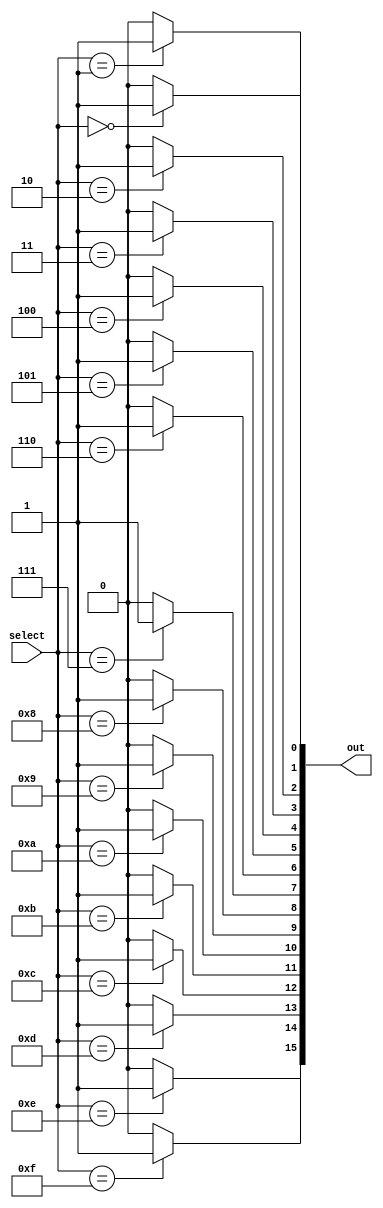
module decoder4to16
(
	input [3:0] select,
	output reg[15:0] out
);

	integer i;

	always @*
	begin
	  out = 16'b0; // initialize output to all zeros

	  for (i = 0; i < 16; i = i + 1)
	  begin
	    if (select == i)
	      out[i] = 1'b1;
	  end
	end

endmodule